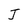
Character: J